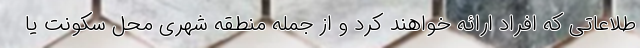
طلاعاتی که افراد ارائه خواهند کرد و از جمله منطقه شهری محل سکونت یا